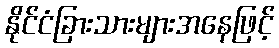
နိုင်ငံခြားသားများအနေဖြင့်